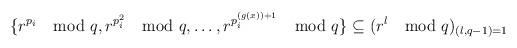
LaTeX: \begin{align*}\{ r^{p_{i}} \mod q,r^{p_{i}^{2}} \mod q,\dots, r^{p_{i}^{(g(x))+1}} \mod q \} \subseteq (r^{l} \mod q )_{(l,q-1)=1}\end{align*}